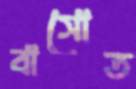
বাসোত